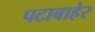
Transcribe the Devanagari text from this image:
पटाबाहेर